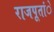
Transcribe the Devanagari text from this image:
राजपूतांे